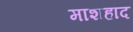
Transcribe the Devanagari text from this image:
माशहाद